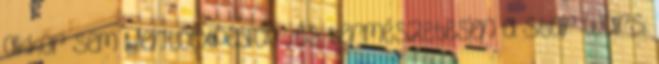
akkor sem Mentőexpedíció , és természetesen a Star Wars: